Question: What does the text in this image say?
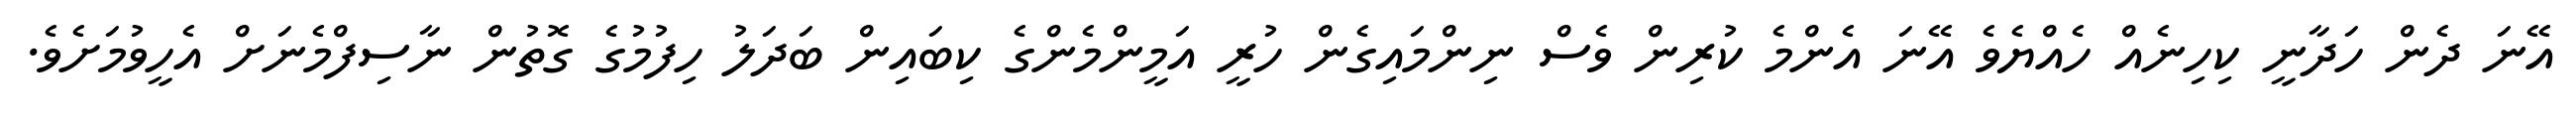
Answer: އޭނަ ދެން ހަދާނީ ކިހިނެއް ހެއްޔެވެ އޭނަ އެންމެ ކުރިން ވެސް ނިންމައިގެން ހުރީ އަމީންމެންގެ ކިބައިން ބަދަލު ހިފުމުގެ ގޮތުން ނާސިފްމެނަށް އެހީވުމަށެވެ.